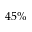
4 5 \%